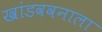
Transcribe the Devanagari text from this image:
खांडववनाला